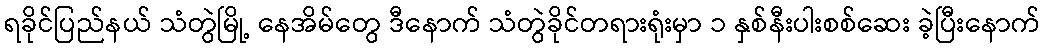
ရခိုင်ပြည်နယ် သံတွဲမြို့ နေအိမ်တွေ ဒီနောက် သံတွဲခိုင်တရားရုံးမှာ ၁ နှစ်နီးပါးစစ်ဆေး ခဲ့ပြီးနောက်